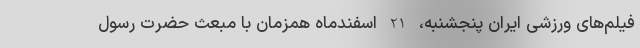
فیلم‌های ورزشی ایران پنجشنبه، 21 اسفندماه همزمان با مبعث حضرت رسول